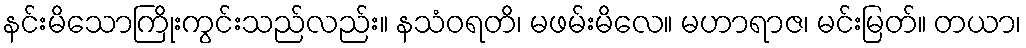
နင်းမိသောကြိုးကွင်းသည်လည်း။ နသံဝရတိ၊ မဖမ်းမိလေ။ မဟာရာဇ၊ မင်းမြတ်။ တယာ၊